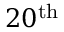
2 0 ^ { \mathrm { t h } }